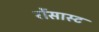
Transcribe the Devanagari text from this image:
रोंसास्ट